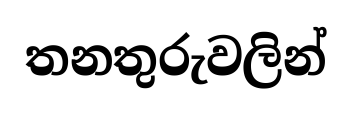
තනතුරුවලින්